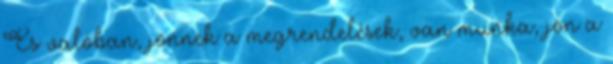
És valóban, jönnek a megrendelések, van munka, jön a